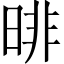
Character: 㫵